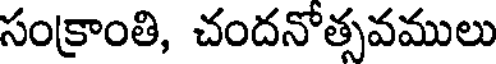
సంక్రాంతి, చందనోత్సవములు